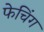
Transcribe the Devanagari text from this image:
फेचिंग